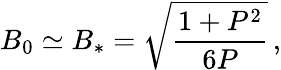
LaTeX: B_{0}\simeq B_{*}=\sqrt{\frac{1+P^{2}}{6P}}\, ,